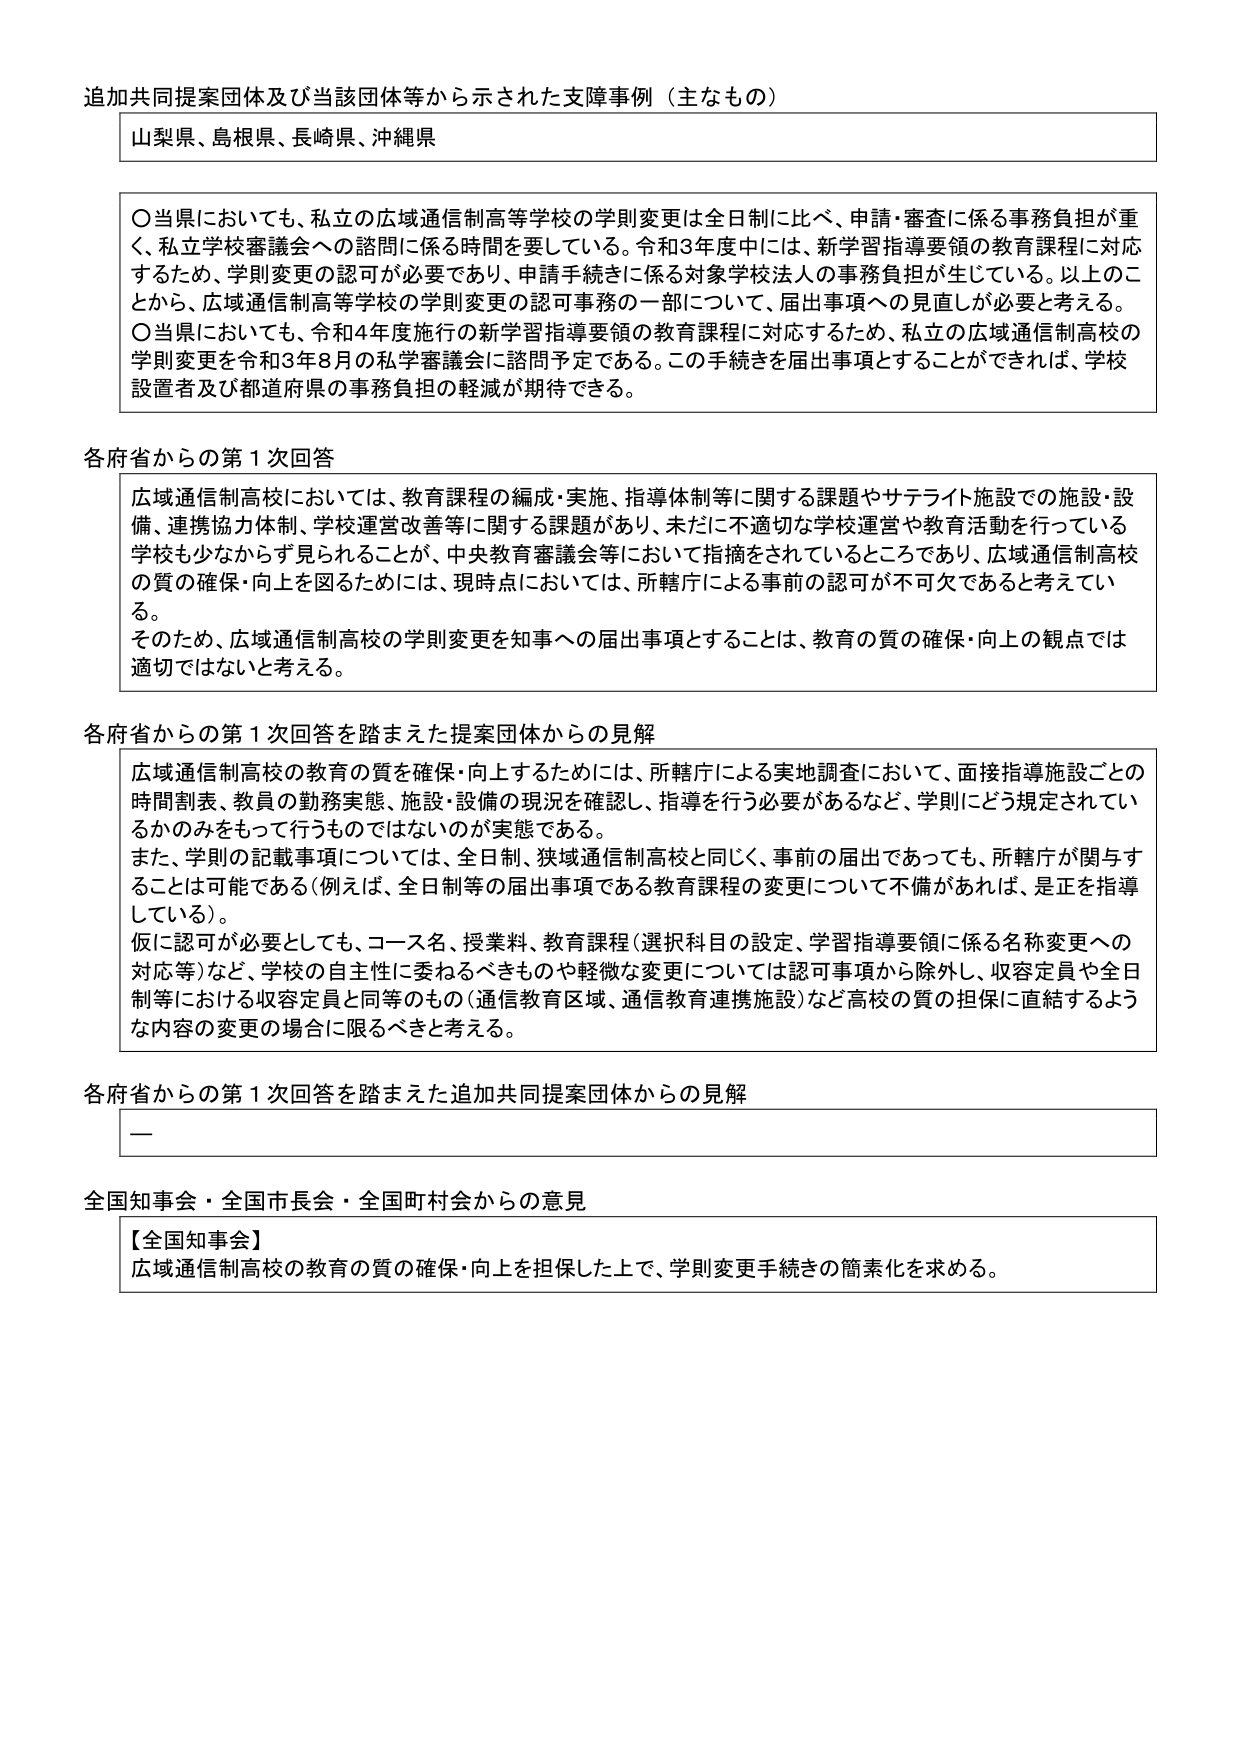
追加共同提案団体及び当該団体等から示された支障事例（主なもの）

山梨県、島根県、長崎県、沖縄県

○当県においても、私立の広域通信制高等学校の学則変更は全日制に比べ、申請・審査に係る事務負担が重く、私立学校審議会への諮問に係る時間を要している。令和3年度中には、新学習指導要領の教育課程に対応するため、学則変更の認可が必要であり、申請手続きに係る対象学校法人の事務負担が生じている。以上のことから、広域通信制高等学校の学則変更の認可事務の一部について、届出事項への見直しが必要と考える。

○当県においても、令和4年度施行の新学習指導要領の教育課程に対応するため、私立の広域通信制高校の学則変更を令和3年8月の私学審議会に諮問予定である。この手続きを届出事項とすることができれば、学校設置者及び都道府県の事務負担の軽減が期待できる。

各府省からの第1次回答

広域通信制高校においては、教育課程の編成・実施、指導体制等に関する課題やサテライト施設での施設・設備、連携協力体制、学校運営改善等に関する課題があり、未だに不適切な学校運営や教育活動を行っている学校も少なからず見られることが、中央教育審議会等において指摘されているところであり、広域通信制高校の質の確保・向上を図るためには、現時点においては、所轄庁による事前の認可が不可欠であると考えている。

そのため、広域通信制高校の学則変更を知事への届出事項とすることは、教育の質の確保・向上の観点では適切ではないと考える。

各府省からの第1次回答を踏まえた提案団体からの見解

広域通信制高校の教育の質を確保・向上するためには、所轄庁による実地調査において、面接指導施設ごとの時間割表、教員の勤務実態、施設・設備の現況を確認し、指導を行う必要があるなど、学則にどう規定されているかのみをもって行うものではないのが実態である。

また、学則の記載事項については、全日制、狭域通信制高校と同じく、事前の届出であっても、所轄庁が関与することは可能である（例えば、全日制等の届出事項である教育課程の変更について不備があれば、是正を指導している）。

仮に認可が必要としても、コース名、授業料、教育課程（選択科目の設定、学習指導要領に係る名称変更への対応等）など、学校の自主性に委ねるべきものや軽微な変更については認可事項から除外し、収容定員や全日制等における収容定員と同等のもの（通信教育区域、通信教育連携施設）など高校の質の担保に直結するような内容の変更の場合に限るべきと考える。

各府省からの第1次回答を踏まえた追加共同提案団体からの見解

—

全国知事会・全国市長会・全国町村会からの意見

【全国知事会】
広域通信制高校の教育の質の確保・向上を担保した上で、学則変更手続きの簡素化を求める。